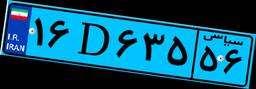
۴۲D۴۱۱۳۰